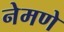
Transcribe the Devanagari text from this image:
नेमणे